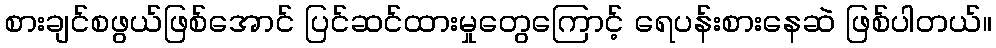
စားချင်စဖွယ်ဖြစ်အောင် ပြင်ဆင်ထားမှုတွေကြောင့် ရေပန်းစားနေဆဲ ဖြစ်ပါတယ်။